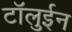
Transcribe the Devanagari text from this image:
टॉलुईन